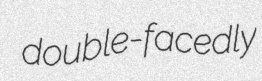
double-facedly